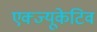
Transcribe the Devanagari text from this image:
एक्ज्यूकेटिव